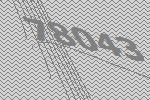
78043